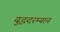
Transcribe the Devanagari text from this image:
युद्धदरम्यान